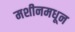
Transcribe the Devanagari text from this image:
मशीनमधून